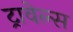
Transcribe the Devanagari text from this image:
ट्रावेल्स